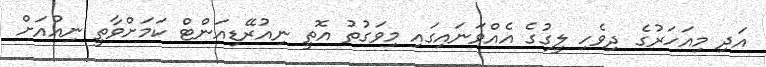
އަދި މިއަހަރުގެ ދިވެހި ލީގުގެ އެއްވަނައިގައި މިވަގުތު އޮތީ ނިއުރޭޑިއަންޓް ކަމަށްވާތީ ނިއުއަށް